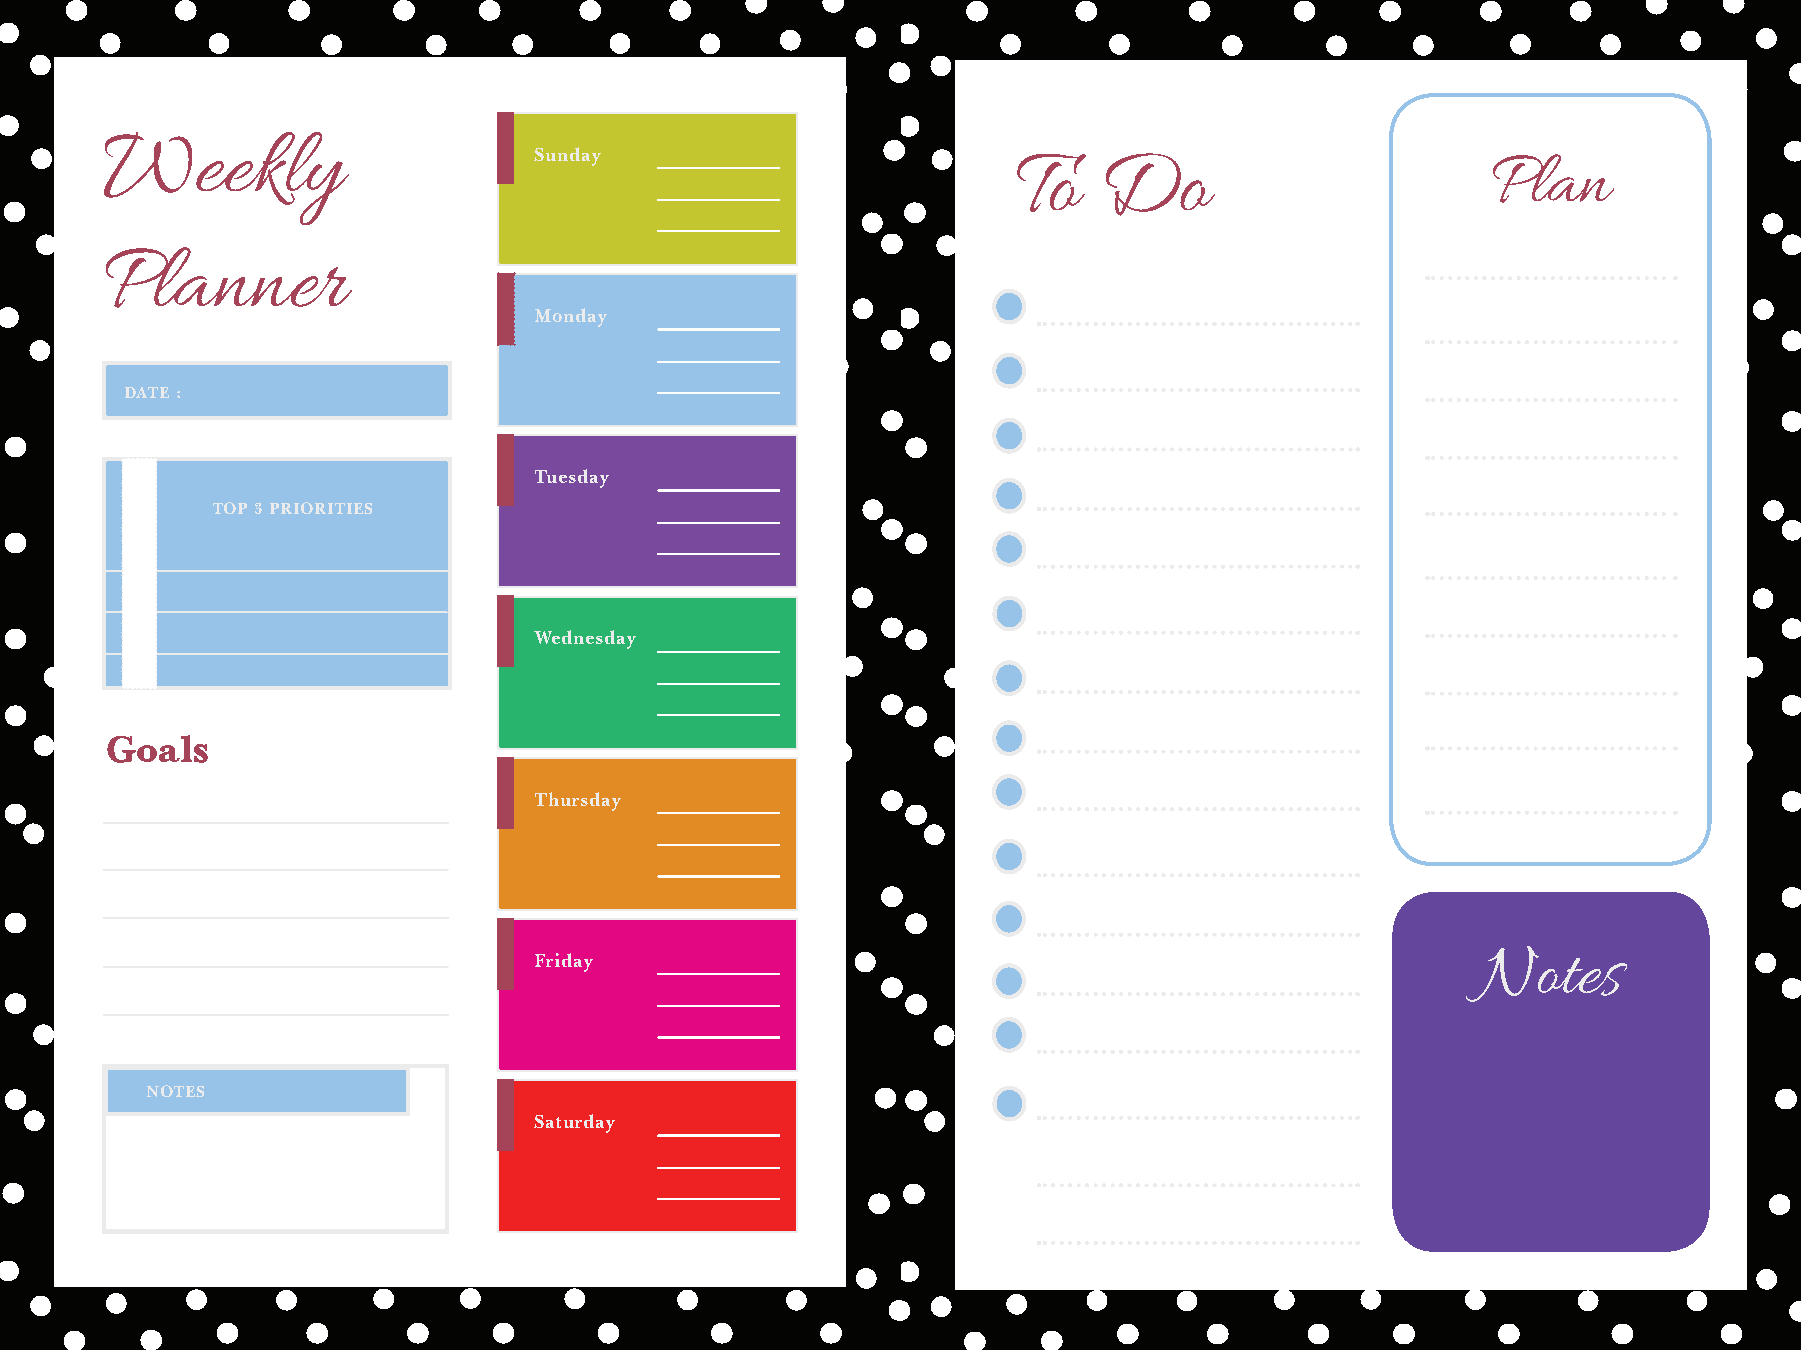
Weekly
 Sunday
 To    Do                        Plan
 Planner
 Monday
 DATE :
 Tuesday
 TOP 3 PRIORITIES
 Wednesday
 Goals
 Thursday
 Friday                                                         Notes
 NOTES
 Saturday